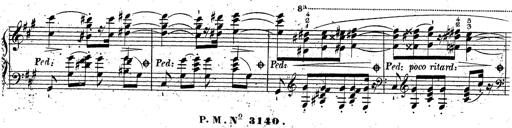
Title: Grande fantaisie sur la tyrolienne de l'opÃ©ra
Composer: Franz Liszt
Key: A major